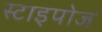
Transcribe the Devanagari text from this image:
स्टाइपोज